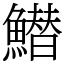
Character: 䲋